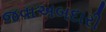
જવાઅબદારી